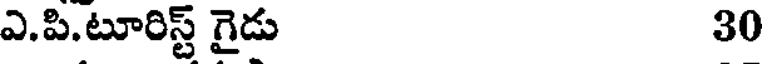
ఎ.పి.టూరిస్ట్ గైడు 30